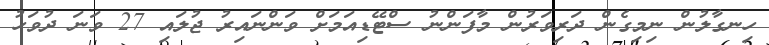
ހިނގާލުން ނިމިގެން ދަރިވަރުން މާފަންނު ސްޓޭޑިއަމަށް ވަންނައިރު ޖުލައި 27 ވަނަ ދުވަހު